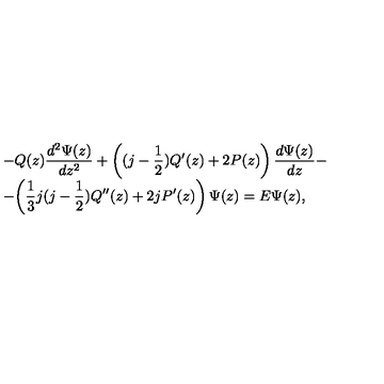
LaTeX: \begin{array} { l } { \displaystyle { - Q ( z ) \frac { d ^ { 2 } \Psi ( z ) } { d z ^ { 2 } } + \left( ( j - \frac { 1 } { 2 } ) Q ^ { \prime } ( z ) + 2 P ( z ) \right) \frac { d \Psi ( z ) } { d z } } - } \\ { - \displaystyle { \left( \frac { 1 } { 3 } j ( j - \frac { 1 } { 2 } ) Q ^ { \prime \prime } ( z ) + 2 j P ^ { \prime } ( z ) \right) \Psi ( z ) = E \Psi ( z ) } , } \\ \end{array}